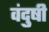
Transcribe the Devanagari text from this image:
वंदुषी